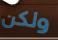
ولكن